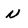
Character: N